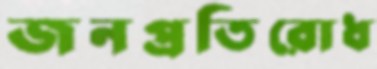
জনপ্রতিরোধ